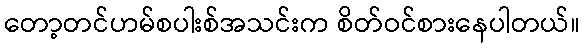
တော့တင်ဟမ်စပါးစ်အသင်းက စိတ်ဝင်စားနေပါတယ်။